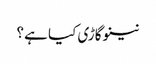
نینو گاڑی کیا ہے ؟